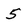
Character: 5